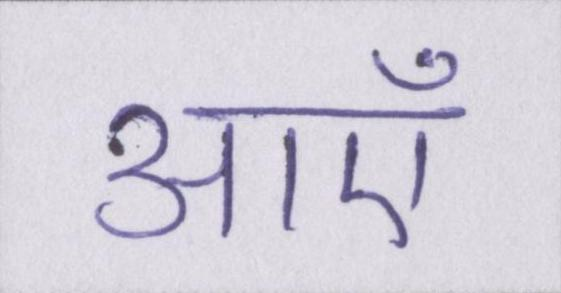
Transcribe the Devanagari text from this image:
आएँ